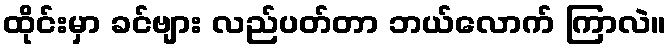
ထိုင်းမှာ ခင်ဗျား လည်ပတ်တာ ဘယ်လောက် ကြာလဲ။